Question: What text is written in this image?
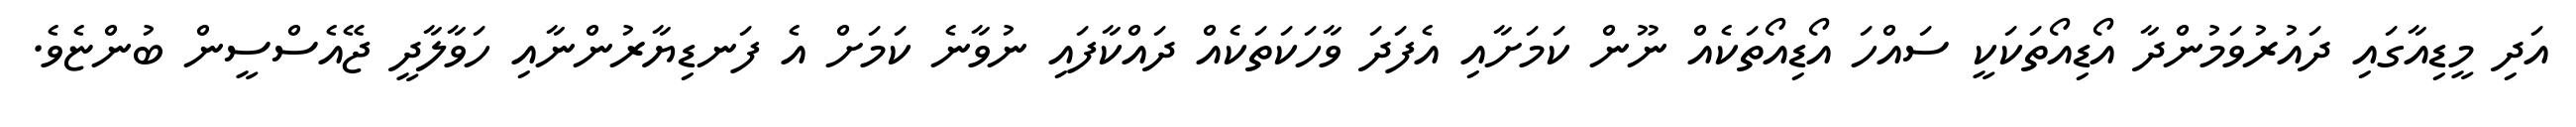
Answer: އަދި މީޑިއާގައި ދައުރުވަމުންދާ އޯޑިއޯތަކަކީ ސައްހަ އޯޑިއޯތަކެއް ނޫން ކަމަށާއި އެފަދަ ވާހަކަތަކެއް ދައްކާފައި ނުވާނެ ކަމަށް އެ ފަނޑިޔާރުންނާއި ހަވާލާދީ ޖޭއެސްސީން ބުންޏެވެ.